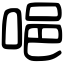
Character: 唈